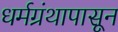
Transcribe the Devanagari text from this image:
धर्मग्रंथापासून